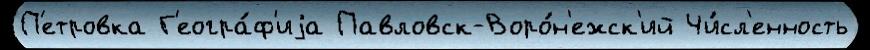
П'етровка Г'еогра́ф'иjа Павловск-Воро́н'ежск'ий Чи́сл'енность